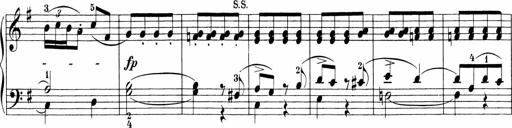
Title: Sonatinen Op.47, 98 und 136, nebst 6 Liedersonatinen
Composer: Carl Reinecke